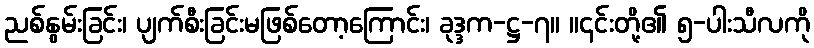
ညစ်နွမ်းခြင်း၊ ပျက်စီးခြင်းမဖြစ်တော့ကြောင်း၊ ခုဒ္ဒက-ဋ္ဌ-၇။ ။၎င်းတို့၏ ၅-ပါးသီလကို